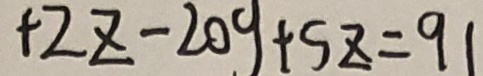
+ 2 z - 2 0 y + 5 z = 9 1